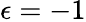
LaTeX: \epsilon=-1